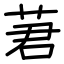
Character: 蔒